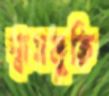
শ্বাসমুক্তি